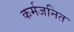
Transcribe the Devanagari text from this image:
कर्मजनित